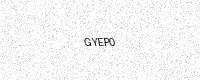
Text: GYEP0